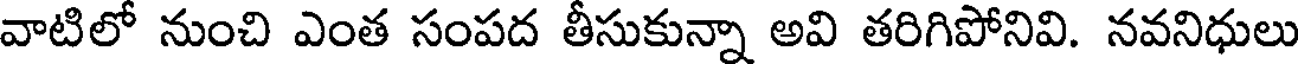
వాటిలో నుంచి ఎంత సంపద తీసుకున్నా అవి తరిగిపోనివి. నవనిధులు